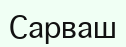
Сарваш